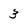
Character: 3